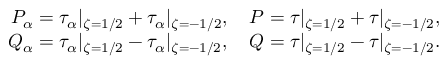
\begin{array} { r } { P _ { \alpha } = \tau _ { \alpha } | _ { \zeta = 1 / 2 } + \tau _ { \alpha } | _ { \zeta = - 1 / 2 } , \quad P = \tau | _ { \zeta = 1 / 2 } + \tau | _ { \zeta = - 1 / 2 } , } \\ { Q _ { \alpha } = \tau _ { \alpha } | _ { \zeta = 1 / 2 } - \tau _ { \alpha } | _ { \zeta = - 1 / 2 } , \quad Q = \tau | _ { \zeta = 1 / 2 } - \tau | _ { \zeta = - 1 / 2 } . } \end{array}